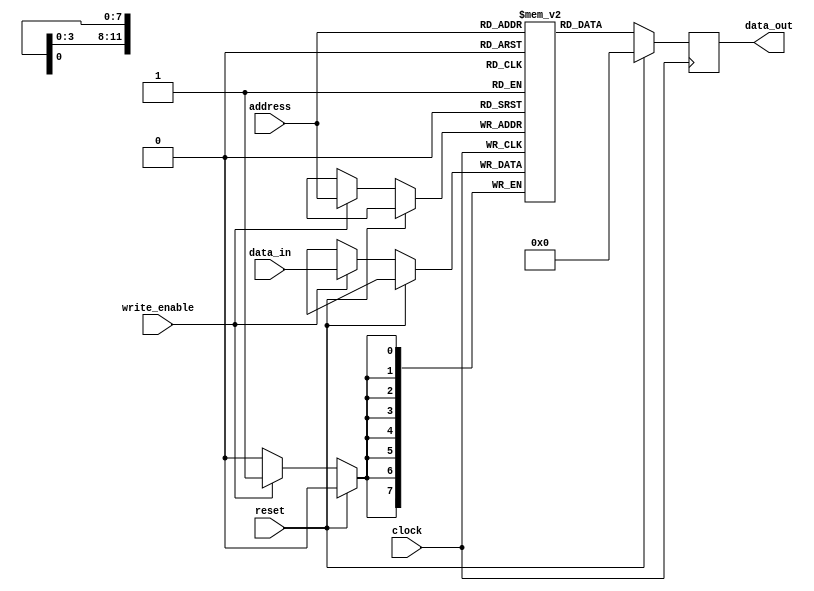
module flash_memory (
    input wire clock,
    input wire reset,
    input wire write_enable,
    input wire [7:0] data_in,
    input wire [11:0] address,
    output reg [7:0] data_out
);

reg [7:0] memory [0:4095]; // 4KB flash memory

always @(posedge clock) begin
    if (reset) begin
        data_out <= 8'b0;
    end else begin
        if (write_enable) begin
            memory[address] <= data_in;
        end
        data_out <= memory[address];
    end
end

endmodule